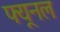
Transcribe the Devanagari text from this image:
फ्यूनल